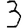
Digit: 3